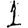
Digit: 1